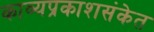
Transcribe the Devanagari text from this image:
काव्यप्रकाशसंकेत